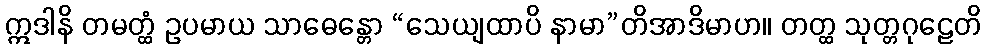
ဣဒါနိ တမတ္ထံ ဥပမာယ သာဓေန္တော “သေယျထာပိ နာမာ”တိအာဒိမာဟ။ တတ္ထ သုတ္တဂုဠေတိ